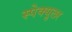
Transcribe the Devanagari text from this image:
स्पेक्युलर